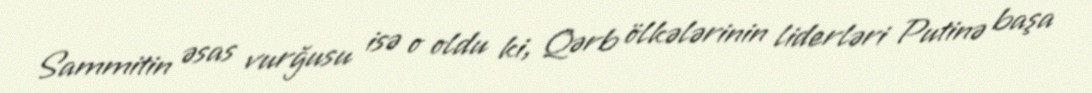
Sammitin əsas vurğusu isə o oldu ki, Qərb ölkələrinin liderləri Putinə başa